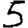
Digit: 5